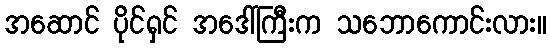
အဆောင် ပိုင်ရှင် အဒေါ်ကြီးက သဘောကောင်းလား။